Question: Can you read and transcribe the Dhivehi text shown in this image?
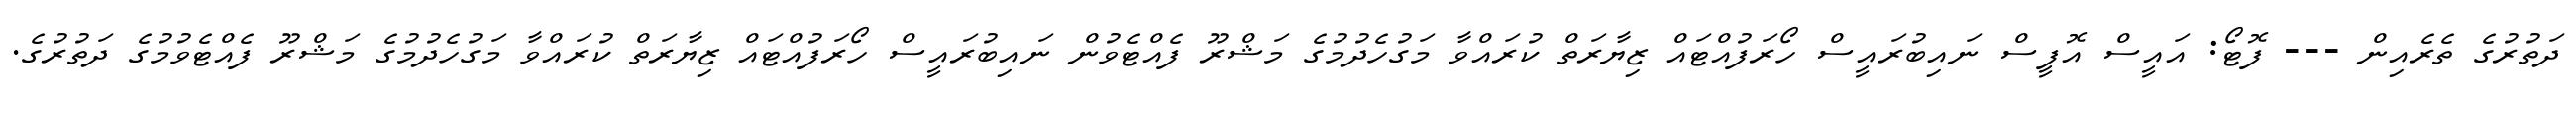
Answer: ދަތުރުގެ ތެރެއިން --- ފޮޓޯ: އައީސް އޮފީސް ނައިބުރައީސް ހޯރަފުއްޓައް ޒިޔާރަތް ކުރައްވާ މަގުހެދުމުގެ މަޝްރޫ ފެއްޓެވުން ނައިބުރައީސް ހޯރަފުއްޓައް ޒިޔާރަތް ކުރައްވާ މަގުހެދުމުގެ މަޝްރޫ ފެއްޓެވުމުގެ ދަތުރުގެ.